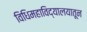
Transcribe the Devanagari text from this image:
विधिमहाविद्यालयातून